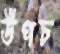
উপচ